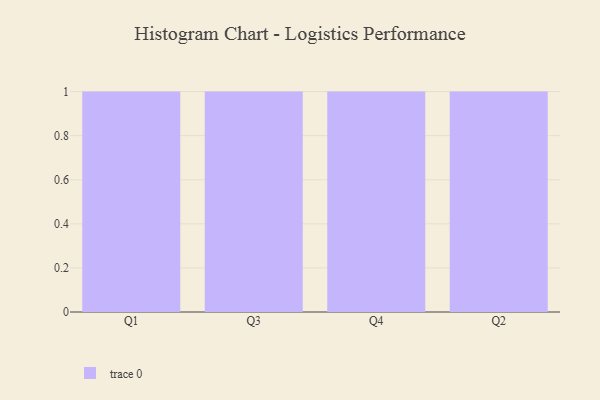
{"axis": {"x": "Quarter", "y": "Active Users"}, "legend": [""], "data": [{"x": "Q1", "y": 68, "type": ""}, {"x": "Q3", "y": 91, "type": ""}, {"x": "Q4", "y": 37, "type": ""}, {"x": "Q2", "y": 93, "type": ""}]}